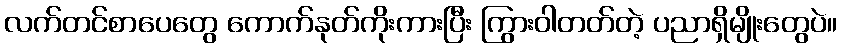
လက်တင်စာပေတွေ ကောက်နုတ်ကိုးကားပြီး ကြွားဝါတတ်တဲ့ ပညာရှိမျိုးတွေပဲ။